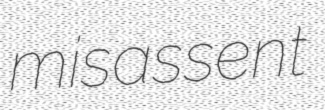
misassent